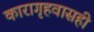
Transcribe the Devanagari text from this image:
कारागृहवासही